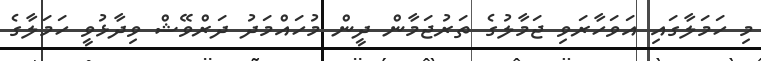
މި ހަމަލާގައި އަވަހާރަވި ޖަމާލުގެ ތަރުޖަމާން ދީން މުހައްމަދު ދަރްވޭޝް ވިދާޅުވީ ހަމަލާގެ